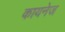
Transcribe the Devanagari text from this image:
कायनेज